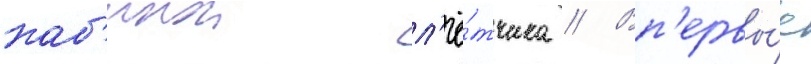
каб'инои л'ё́тчика // Вп'ервы́е